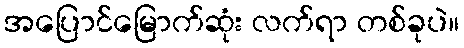
အပြောင်မြောက်ဆုံး လက်ရာ တစ်ခုပဲ။